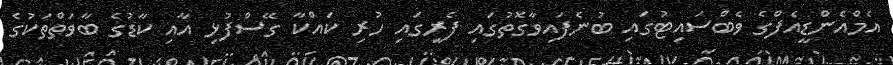
އެމްއެންޑީއެފްގެ ވެބްސައިޓުގައި ބުނެފައިވާގޮތުގައި ފެރީގައި ހުރި ކައްކާ ގޭސްފުޅި އާއި ކާޑުގެ ބާވަތްތަކުގެ